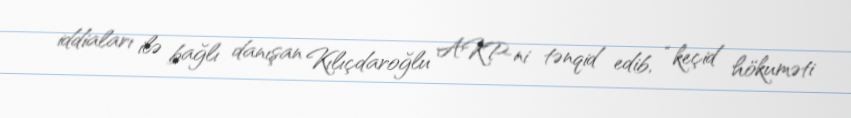
iddiaları ilə bağlı danışan Kılıçdaroğlu AKP-ni tənqid edib, “keçid hökuməti